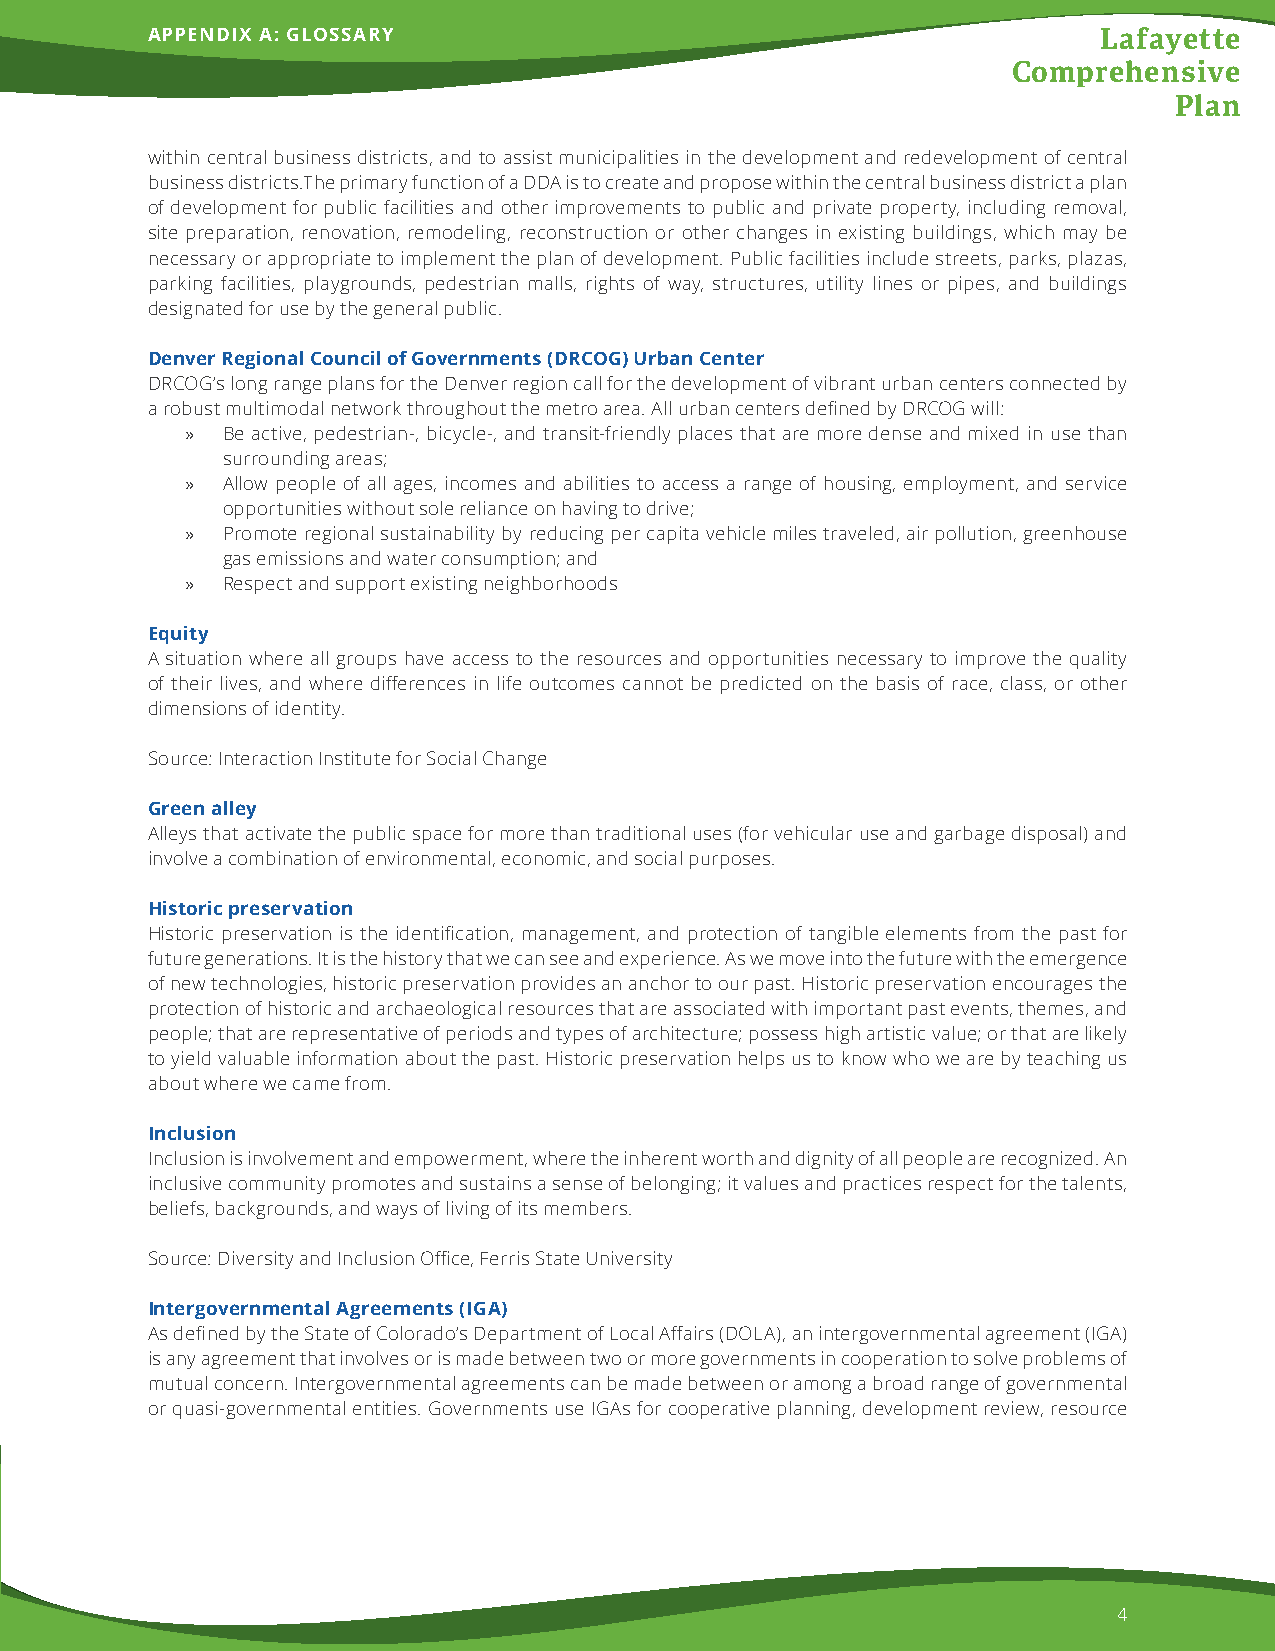
APPENDIX A: GLOSSARY                                           Lafayette
 Comprehensive
 Plan
 within central business districts, and to assist municipalities in the development and redevelopment of central
 business districts.The primary function of a DDA is to create and propose within the central business district a plan
 of development for public facilities and other improvements to public and private property, including removal,
 site preparation, renovation, remodeling, reconstruction or other changes in existing buildings, which may be
 necessary or appropriate to implement the plan of development. Public facilities include streets, parks, plazas,
 parking facilities, playgrounds, pedestrian malls, rights of way, structures, utility lines or pipes, and buildings
 designated for use by the general public.
 Denver Regional Council of Governments (DRCOG) Urban Center
 DRCOG’s long range plans for the Denver region call for the development of vibrant urban centers connected by
 a robust multimodal network throughout the metro area. All urban centers defined by DRCOG will:
 »  Be active, pedestrian-, bicycle-, and transit-friendly places that are more dense and mixed in use than
 surrounding areas;
 »  Allow people of all ages, incomes and abilities to access a range of housing, employment, and service
 opportunities without sole reliance on having to drive;
 »  Promote regional sustainability by reducing per capita vehicle miles traveled, air pollution, greenhouse
 gas emissions and water consumption; and
 »  Respect and support existing neighborhoods
 Equity
 A situation where all groups have access to the resources and opportunities necessary to improve the quality
 of their lives, and where differences in life outcomes cannot be predicted on the basis of race, class, or other
 dimensions of identity.
 Source: Interaction Institute for Social Change
 Green alley
 Alleys that activate the public space for more than traditional uses (for vehicular use and garbage disposal) and
 involve a combination of environmental, economic, and social purposes.
 Historic preservation
 Historic preservation is the identification, management, and protection of tangible elements from the past for
 future generations. It is the history that we can see and experience. As we move into the future with the emergence
 of new technologies, historic preservation provides an anchor to our past. Historic preservation encourages the
 protection of historic and archaeological resources that are associated with important past events, themes, and
 people; that are representative of periods and types of architecture; possess high artistic value; or that are likely
 to yield valuable information about the past. Historic preservation helps us to know who we are by teaching us
 about where we came from.
 Inclusion
 Inclusion is involvement and empowerment, where the inherent worth and dignity of all people are recognized. An
 inclusive community promotes and sustains a sense of belonging; it values and practices respect for the talents,
 beliefs, backgrounds, and ways of living of its members.
 Source: Diversity and Inclusion Office, Ferris State University
 Intergovernmental Agreements (IGA)
 As defined by the State of Colorado’s Department of Local Affairs (DOLA), an intergovernmental agreement (IGA)
 is any agreement that involves or is made between two or more governments in cooperation to solve problems of
 mutual concern. Intergovernmental agreements can be made between or among a broad range of governmental
 or quasi-governmental entities. Governments use IGAs for cooperative planning, development review, resource
 4